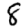
Digit: 8